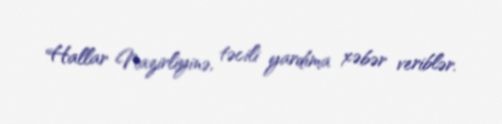
Hallar Nazirliyinə, təcili yardıma xəbər veriblər.